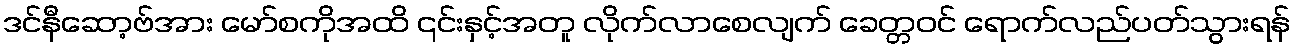
ဒင်နီဆော့ဗ်အား မော်စကိုအထိ ၎င်းနှင့်အတူ လိုက်လာစေလျက် ခေတ္တဝင် ရောက်လည်ပတ်သွားရန်